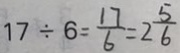
1 7 \div 6 = \frac { 1 7 } { 6 } = 2 \frac { 5 } { 6 }